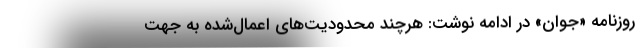
روزنامه «جوان» در ادامه نوشت: هرچند محدودیت‌های اعمال‌شده به جهت